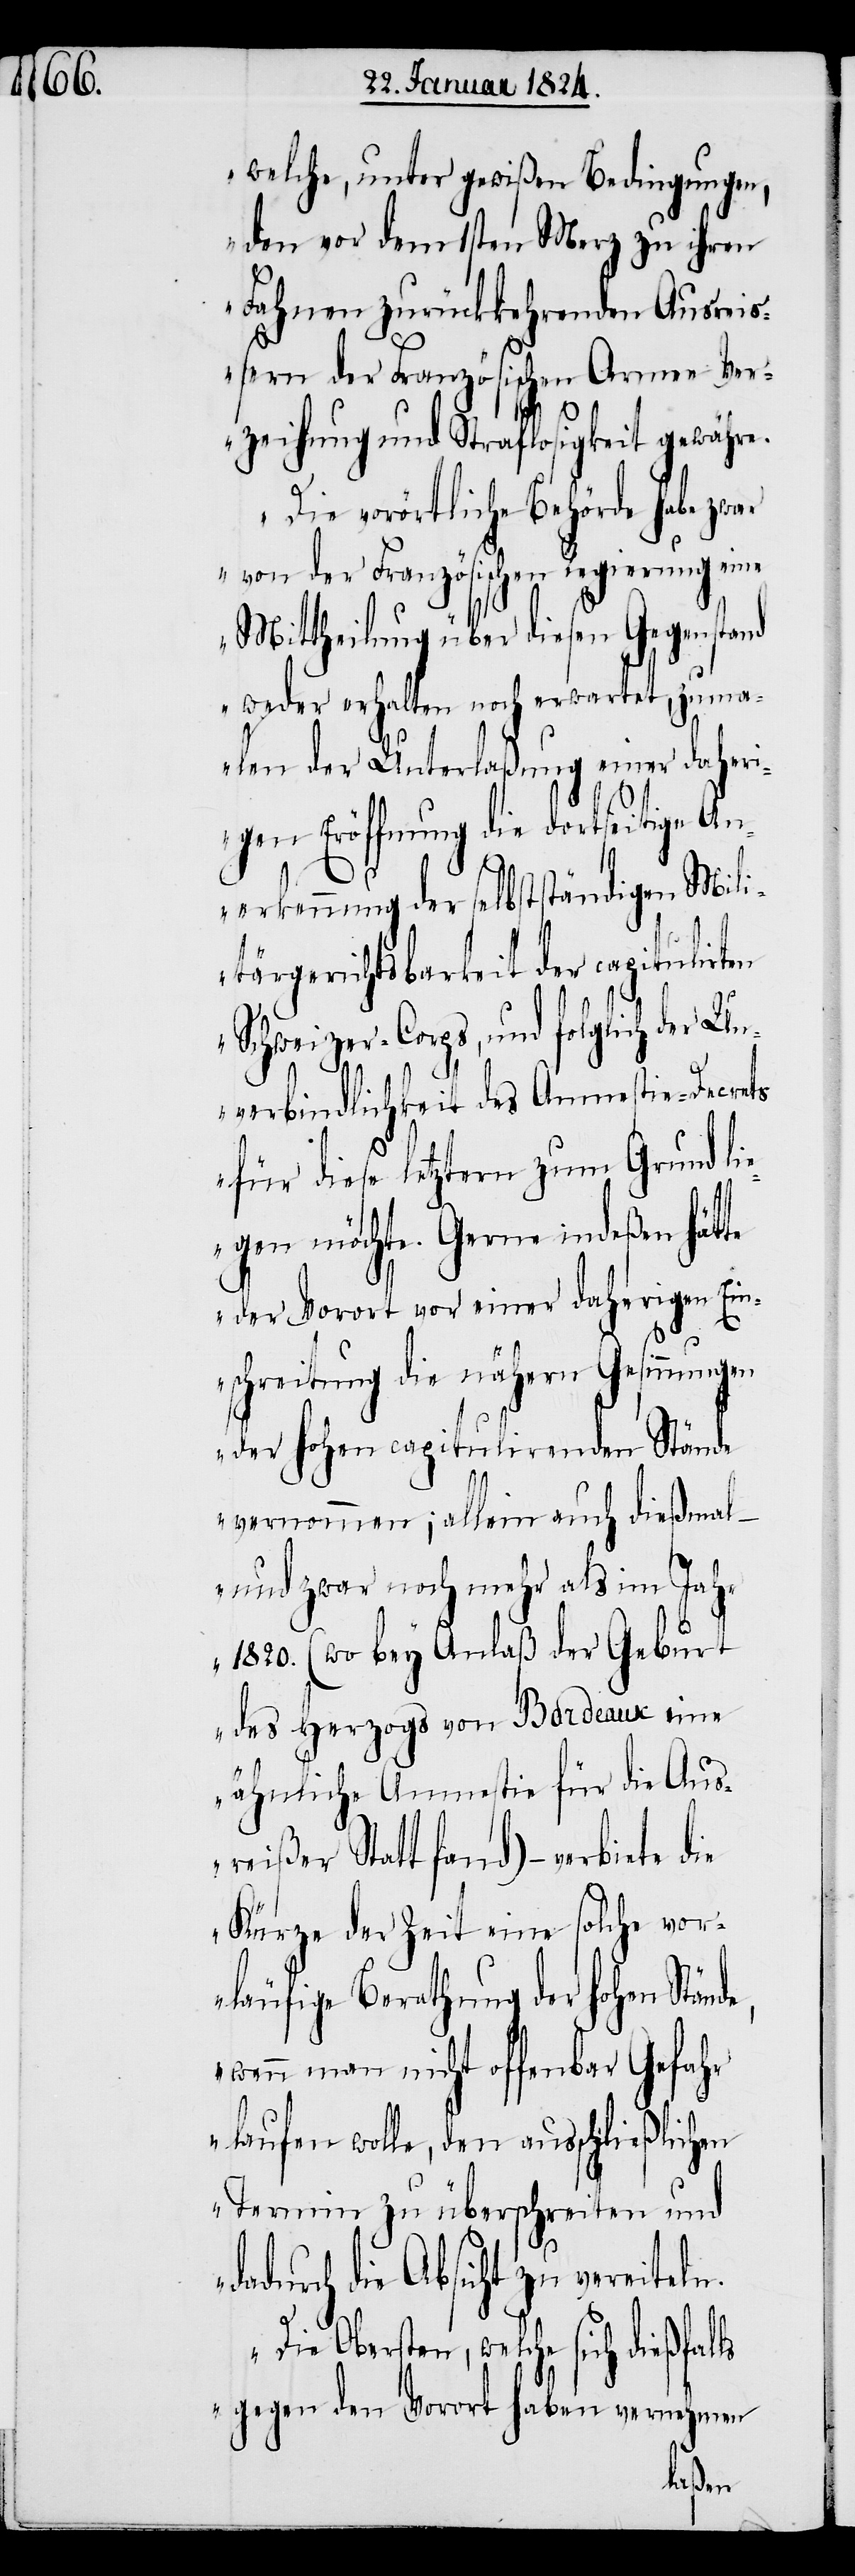
welche, unter gewißen Bedingungen,
den vor dem 1sten Merz zu ihren
Fahnen zurückkehrenden Ausrei¬
ßern der Französischen Armee Ver¬
zeihung und Straflosigkeit gewähre.
Die vorörtliche Behörde habe zwar
von der Französischen Regierung eine
Mittheilung über diesen Gegenstand
weder erhalten noch erwartet, zuma¬
len der Unterlaßung einer daheri¬
Eröffnung der selbstständigen Mili¬
tärgerichtsbarkeit der capitu¬
Schweizer-Corps, und folglich der Un¬
verbindlichkeit des Amnestie-Decrets
für diese letztern zum Grund li¬
egen möchte. Gerne indeßen hätte
der Vorort vor einer daherigen Ein¬
schreitung die nähern Gesinnungen
der hohen capitulirenden Stände
vernommen; allein auch dießmal –
und zwar noch mehr als im Jahr
1820. (wo bey Anlaß der Geburt
des Herzogs von Bordeaux eine
ähnliche Amnestie für die Aus¬
reißer Statt fand) – verbiete
Kürze der Zeit eine solche vor¬
läufige Berathung der hohen Ständ¬
e, wenn man nicht offenbar Gefahr
laufen wolle, den ausschließlichen
Termin zu überschreiten und
dadurch die Absicht zu vereiteln.
Die Obersten, welche sich
gegen den Vorort haben vernehmen
lirten